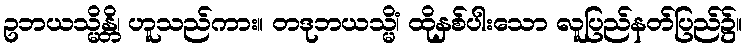
ဥဘယသ္မိန္တိ၊ ဟူသည်ကား။ တဒုဘယသ္မိံ၊ ထိုနှစ်ပါးသော လူပြည်နတ်ပြည်၌။